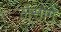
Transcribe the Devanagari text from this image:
लेसागे